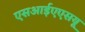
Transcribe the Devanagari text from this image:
एसआईएएसयू